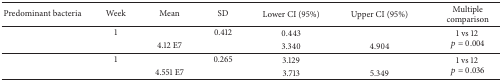
<table><thead><tr><td><b>Predominant bacteria</b></td><td><b>Week</b></td><td><b>Mean</b></td><td><b>SD</b></td><td><b>Lower CI (95%)</b></td><td><b>Upper CI (95%)</b></td><td><b>Multiple comparison</b></td></tr></thead><tbody><tr><td rowspan="2">[EMPTY_CELL]</td><td>1</td><td>[EMPTY_CELL]</td><td>0.412</td><td>0.443</td><td>[EMPTY_CELL]</td><td rowspan="2">1 vs 12 <i>p</i> = 0.004</td></tr><tr><td>[EMPTY_CELL]</td><td>4.12 E7</td><td>[EMPTY_CELL]</td><td>3.340</td><td>4.904</td></tr><tr><td rowspan="2">[EMPTY_CELL]</td><td>1</td><td>[EMPTY_CELL]</td><td>0.265</td><td>3.129</td><td>[EMPTY_CELL]</td><td rowspan="2">1 vs 12 <i>p</i> = 0.036</td></tr><tr><td>[EMPTY_CELL]</td><td>4.551 E7</td><td>[EMPTY_CELL]</td><td>3.713</td><td>5.349</td></tr></tbody></table>